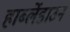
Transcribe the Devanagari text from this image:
हार्ब्लेडाउन